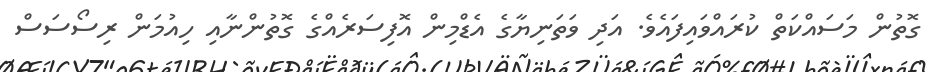
ގޮތުން މަސައްކަތް ކުރައްވައިފައެވެ. އަދި ވަތަނިޔާގެ އެޑްމިން އޮފިސަރެއްގެ ގޮތުންނާއި ހިއުމަން ރިސޯސަސް